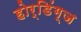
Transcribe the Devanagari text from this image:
होर्डिंग्ज